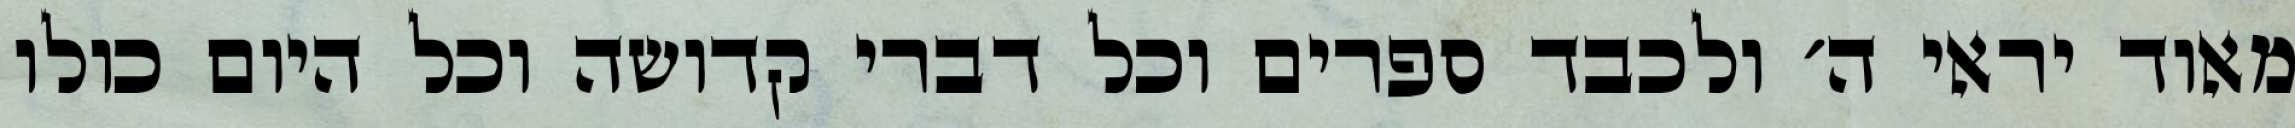
מאוד יראי ה׳ ולכבד ספרים וכל דברי קדושה וכל היום כולו